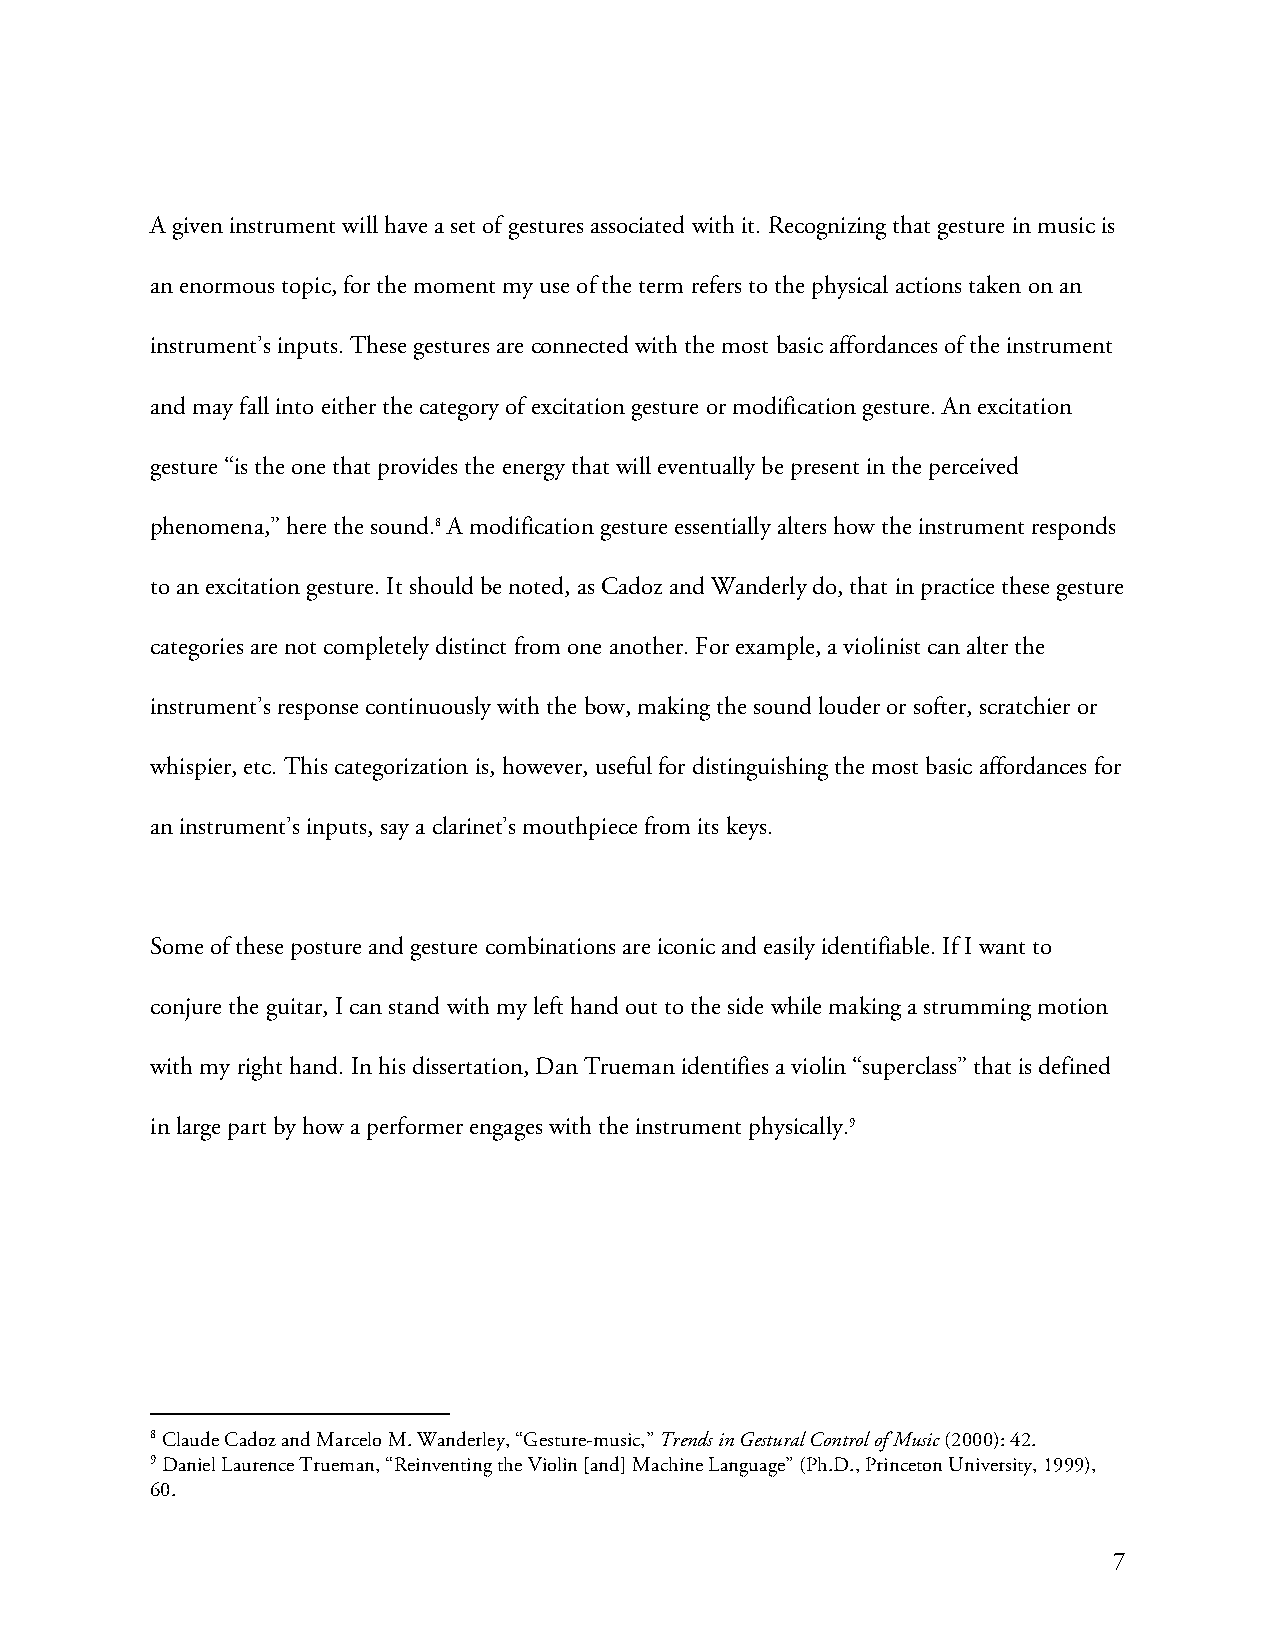
A given instrument will have a set of gestures associated with it. Recognizing that gesture in music is
 an enormous topic, for the moment my use of the term refers to the physical actions taken on an
 instrument’s inputs. These gestures are connected with the most basic affordances of the instrument
 and may fall into either the category of excitation gesture or modification gesture. An excitation
 gesture “is the one that provides the energy that will eventually be present in the perceived
 phenomena,” here the sound.8 A modification gesture essentially alters how the instrument responds
 to an excitation gesture. It should be noted, as Cadoz and Wanderly do, that in practice these gesture
 categories are not completely distinct from one another. For example, a violinist can alter the
 instrument’s response continuously with the bow, making the sound louder or softer, scratchier or
 whispier, etc. This categorization is, however, useful for distinguishing the most basic affordances for
 an instrument’s inputs, say a clarinet’s mouthpiece from its keys.
 Some of these posture and gesture combinations are iconic and easily identifiable. If I want to
 conjure the guitar, I can stand with my left hand out to the side while making a strumming motion
 with my right hand. In his dissertation, Dan Trueman identifies a violin “superclass” that is defined
 in large part by how a performer engages with the instrument physically.9
 8 Claude Cadoz and Marcelo M. Wanderley, “Gesture-music,” Trends in Gestural Control of Music (2000): 42.
 9 Daniel Laurence Trueman, “Reinventing the Violin [and] Machine Language” (Ph.D., Princeton University, 1999),
 60.
 7